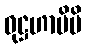
ဝုဋ္ဌဟာမိပိ